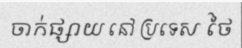
ចាក់ផ្សាយ នៅ ប្រទេស ថៃ